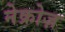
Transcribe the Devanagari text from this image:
नेक्रोज़